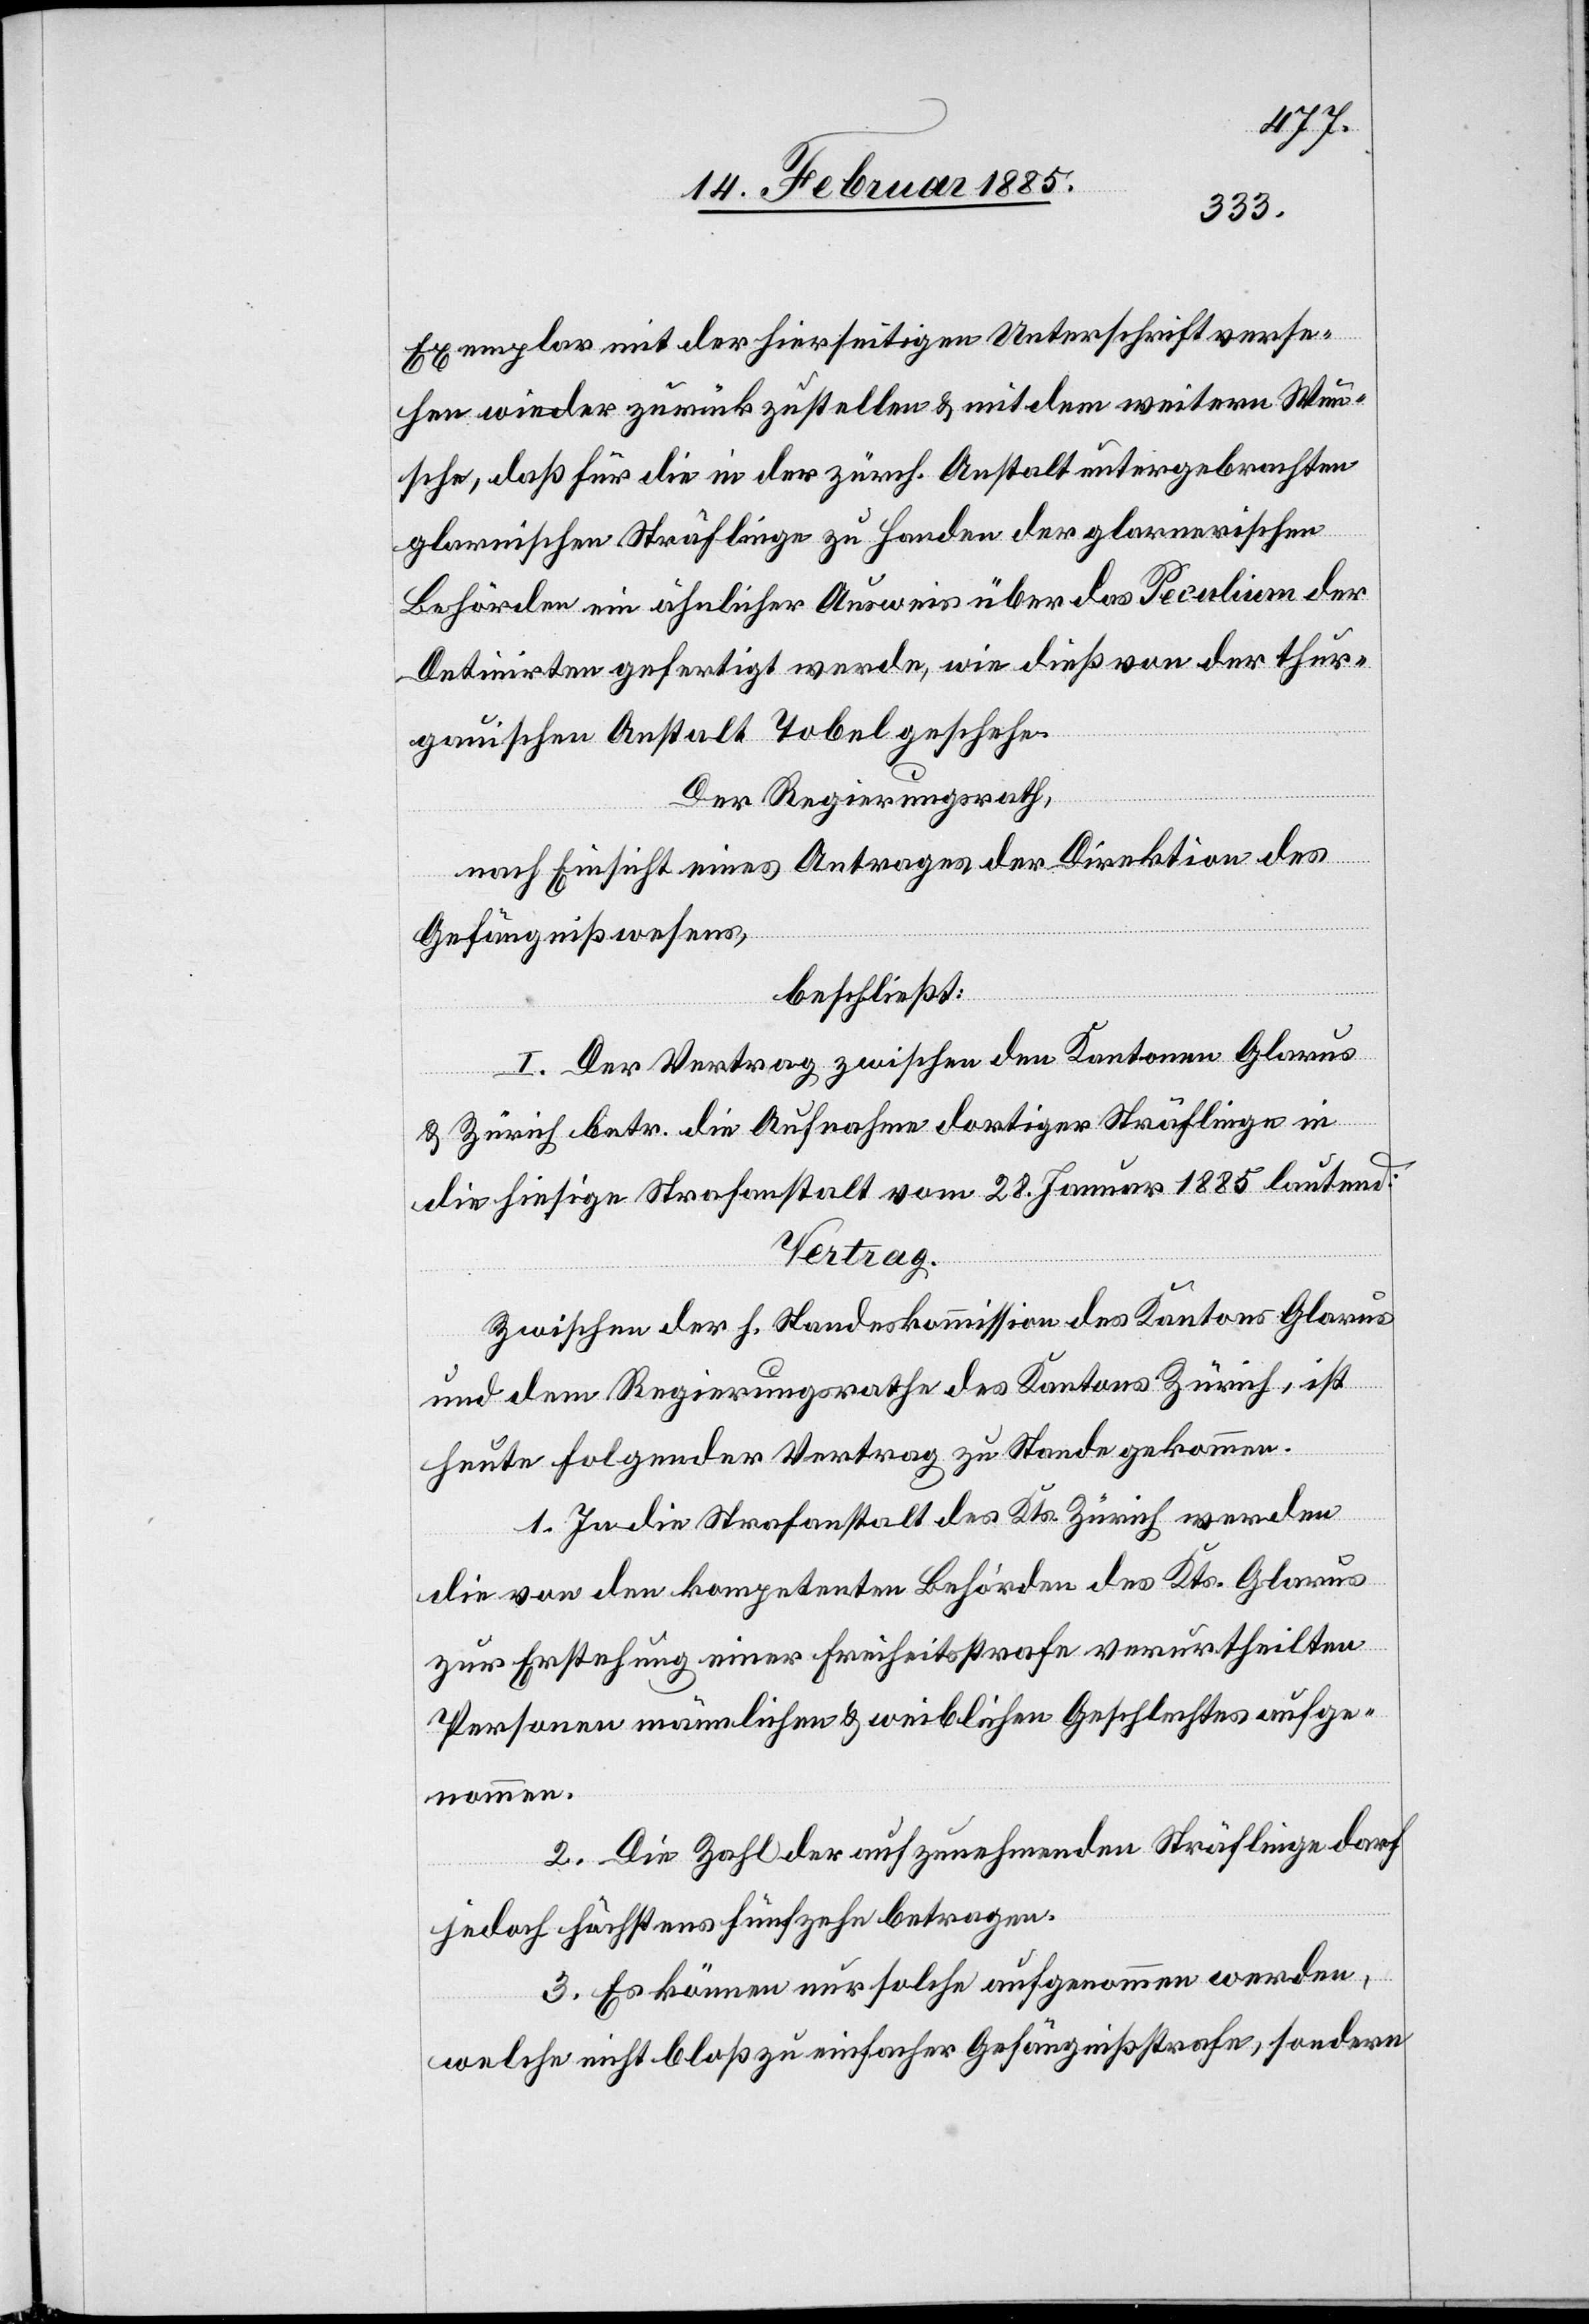
Exemplar mit der hierseitigen Unterschrift verse¬
hen wieder zurückzustellen & mit dem weitern Wun¬
sche, daß für die in der zürch. Anstalt untergebrachten
glarnischen Sträflinge zu Handen der glarnerischen
Behörden ein ähnlicher Ausweis über das Peculium der
Detinirten gefertigt werde, wie dieß von der thur¬
gauischen Anstalt Tobel geschehe.
Der Regierungsrath,
nach Einsicht eines Antrages der Direktion des
Gefängnißwesens,
beschließt:
I. Der Vertrag zwischen den Kantonen Glarus
& Zürich betr. die Aufnahme dortiger Sträflinge in
die hiesige Strafanstalt vom 28. Januar 1885 lautend:
Vertrag.
Zwischen der h. Standeskommission des Kantons Glarus
und dem Regierungsrathe des Kantons Zürich, ist
heute folgender Vertrag zu Stande gekommen.
1. In die Strafanstalt des Kts. Zürich werden
die von den kompetenten Behörden des Kts. Glarus
zur Erstehung einer Freiheitsstrafe verurtheilten
Personen männlichen & weiblichen Geschlechtes aufge¬
nommen.
2. Die Zahl der aufzunehmenden Sträflinge darf
jedoch höchstens fünfzehn betragen.
3. Es können nur solche aufgenommen werden,
welche nicht bloß zu einfacher Gefängnißstrafe, sondern